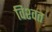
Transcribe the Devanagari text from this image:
विश्‍वत